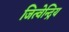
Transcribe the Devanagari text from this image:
जित्वेन्द्रिय